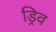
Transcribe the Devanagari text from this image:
ड्रिव